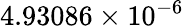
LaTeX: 4.93086\times 10^{-6}